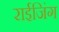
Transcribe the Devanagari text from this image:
राईजिंग